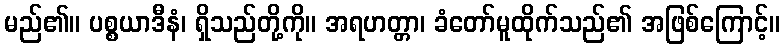
မည်၏။ ပစ္စယာဒီနံ၊ ရှိသည်တို့ကို။ အရဟတ္တာ၊ ခံတော်မူထိုက်သည်၏ အဖြစ်ကြောင့်။